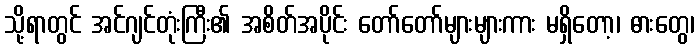
သို့ရာတွင် အင်ဂျင်တုံးကြီး၏ အစိတ်အပိုင်း တော်တော်များများကား မရှိတော့၊ ဓားတွေ၊